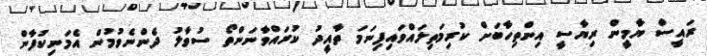
ރައީސް ޔާމީން ރިޔާސީ އިންތިހާބަށް ކުރިމަތިލައްވައިފިނަމަ ތާއީދު ކުރައްވާނަންތޯ ސުވާލު ދެންނެވުމުން އެމަނިކުފާން